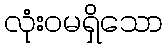
လုံးဝမရှိသော